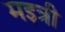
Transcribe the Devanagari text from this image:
मइत्री